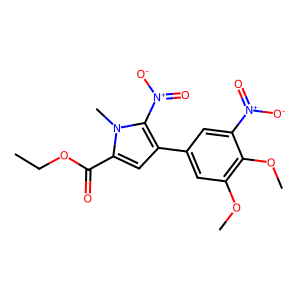
SMILES: CCOC(=O)c1cc(-c2cc(OC)c(OC)c([N+](=O)[O-])c2)c([N+](=O)[O-])n1C
Inhibits HIV replication: No